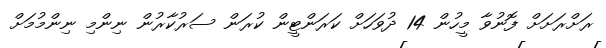
ރަށްރަށަށް ފޮނުވާ މީހުން 14 ދުވަހަށް ކަރަންޓީން ކުރަން ސަރުކާރުން ނިންމި ނިންމުމަށް